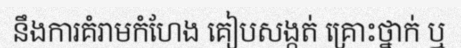
នឹងការគំរាមកំហែង គៀបសង្កត់ គ្រោះថ្នាក់ ឬ